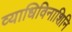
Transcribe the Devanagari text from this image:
व्याधिविनाशिनि